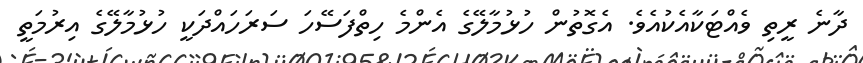
ދާނެ ރީތި ވެއްޓަކާއެކުއެވެ. އެގޮތުން ހުޅުމާލޭގެ އެންމެ ހިތްފަސޭހަ ސަރަހައްދަކީ ހުޅުމާލޭގެ އިރުމަތީ